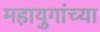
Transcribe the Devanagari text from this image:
महायुगांच्या